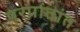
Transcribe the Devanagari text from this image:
परप्रांतांत